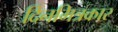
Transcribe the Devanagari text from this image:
दिनमित्रकार